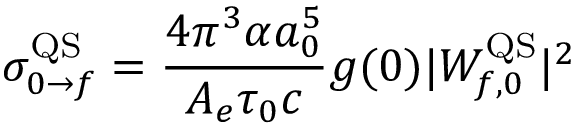
\sigma _ { 0 \rightarrow f } ^ { \mathrm { Q S } } = \frac { 4 \pi ^ { 3 } \alpha a _ { 0 } ^ { 5 } } { A _ { e } \tau _ { 0 } c } g ( 0 ) | W _ { f , 0 } ^ { \mathrm { Q S } } | ^ { 2 }